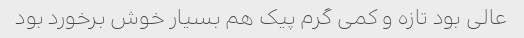
عالی بود تازه و کمی گرم پیک هم بسیار خوش برخورد بود